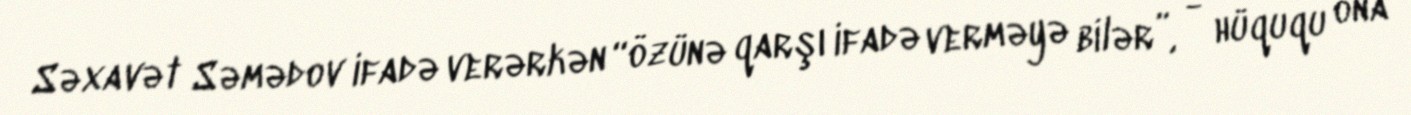
Səxavət Səmədov ifadə verərkən “özünə qarşı ifadə verməyə bilər”, - hüququ ona